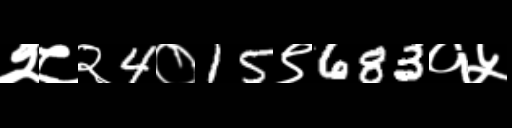
Text: २८२4०15९683१५